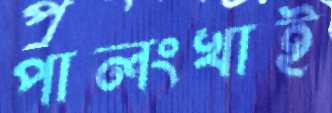
পালংখাই